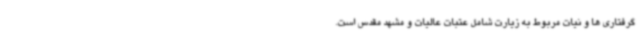
گرفتاری ها و نیات مربوط به زیارت شامل عتبات عالیات و مشهد مقدس است.